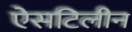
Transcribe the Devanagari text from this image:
ऐसटिलीन